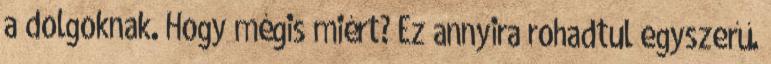
a dolgoknak. Hogy mégis miért? Ez annyira rohadtul egyszerű.